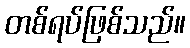
တစ်ရပ်ဖြစ်သည်။